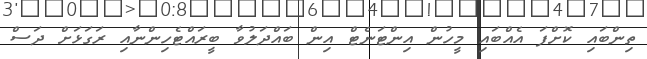
ތިންބައި ކޮށްފަ އެއްބައި މީހުން އިންޓަނެޓް އިން ބައްދަލުވާ ބީރައްޓެހިންނާއި ރަގަޅަށް ދަސް